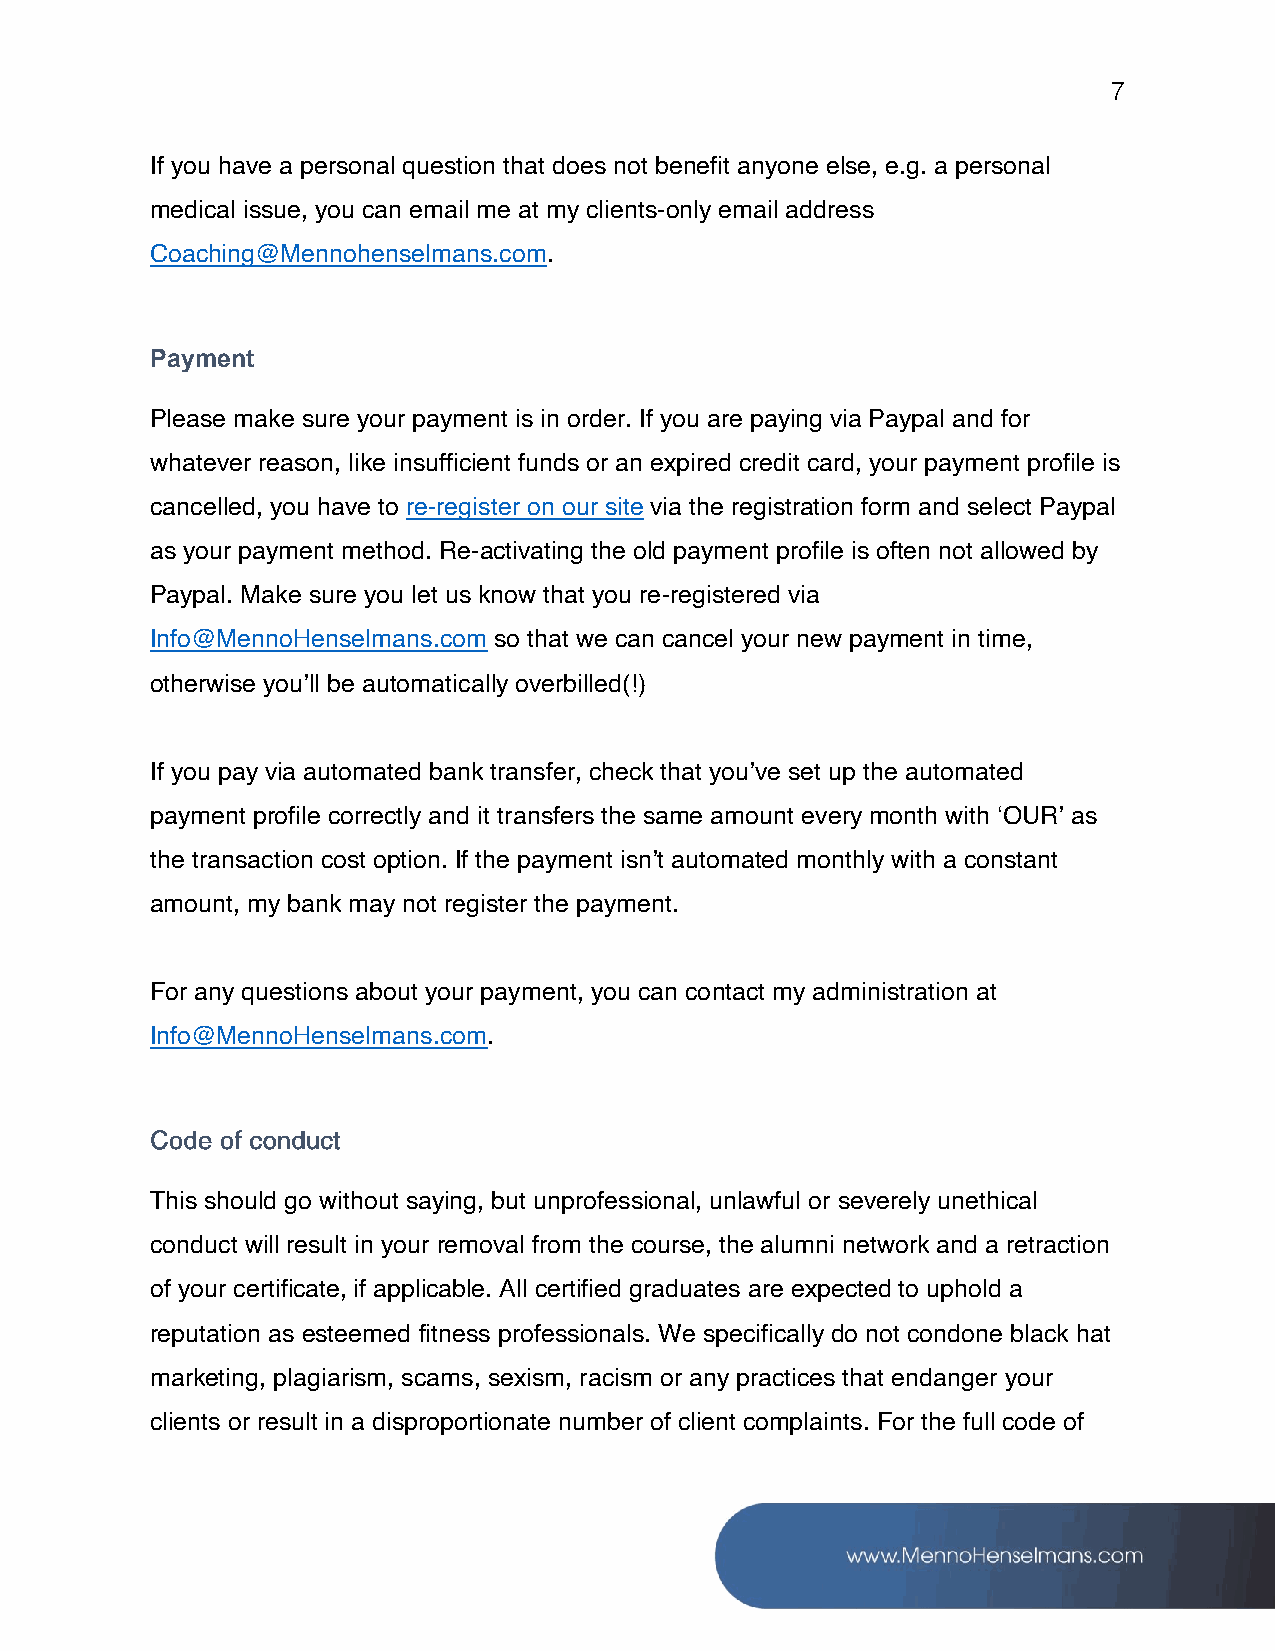
7
 If you have a personal question that does not benefit anyone else, e.g. a personal
 medical issue, you can email me at my clients-only email address
 Coaching@Mennohenselmans.com.
 Payment
 Please make sure your payment is in order. If you are paying via Paypal and for
 whatever reason, like insufficient funds or an expired credit card, your payment profile is
 cancelled, you have to re-register on our site via the registration form and select Paypal
 as your payment method. Re-activating the old payment profile is often not allowed by
 Paypal. Make sure you let us know that you re-registered via
 Info@MennoHenselmans.com so that we can cancel your new payment in time,
 otherwise you’ll be automatically overbilled(!)
 If you pay via automated bank transfer, check that you’ve set up the automated
 payment profile correctly and it transfers the same amount every month with ‘OUR’ as
 the transaction cost option. If the payment isn’t automated monthly with a constant
 amount, my bank may not register the payment.
 For any questions about your payment, you can contact my administration at
 Info@MennoHenselmans.com.
 This should go without saying, but unprofessional, unlawful or severely unethical
 conduct will result in your removal from the course, the alumni network and a retraction
 of your certificate, if applicable. All certified graduates are expected to uphold a
 reputation as esteemed fitness professionals. We specifically do not condone black hat
 marketing, plagiarism, scams, sexism, racism or any practices that endanger your
 clients or result in a disproportionate number of client complaints. For the full code of